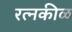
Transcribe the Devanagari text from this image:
रत्नकीळ